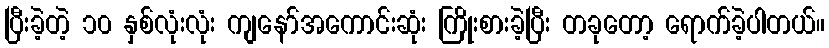
ပြီးခဲ့တဲ့ ၁၀ နှစ်လုံးလုံး ကျနော်အကောင်းဆုံး ကြိုးစားခဲ့ပြီး တခုတော့ ရောက်ခဲ့ပါတယ်။